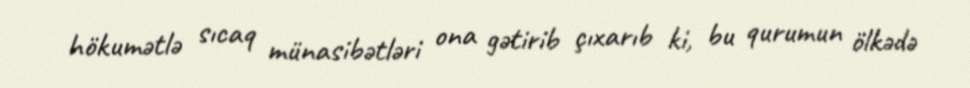
hökumətlə sıcaq münasibətləri ona gətirib çıxarıb ki, bu qurumun ölkədə